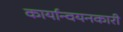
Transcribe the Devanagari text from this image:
कार्यान्‍वयनकारी